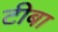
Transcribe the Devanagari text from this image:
टीबा